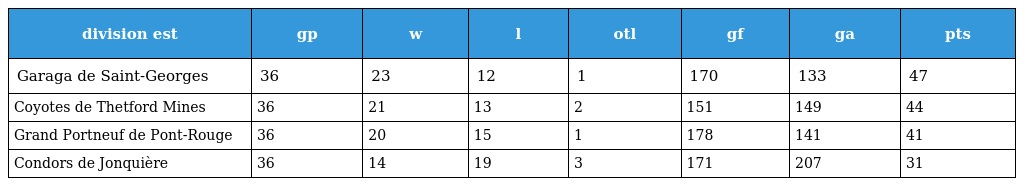
| division est | gp | w | l | otl | gf | ga | pts |
 | --- | --- | --- | --- | --- | --- | --- | --- |
 | Garaga de Saint-Georges | 36 | 23 | 12 | 1 | 170 | 133 | 47 |
 | Coyotes de Thetford Mines | 36 | 21 | 13 | 2 | 151 | 149 | 44 |
 | Grand Portneuf de Pont-Rouge | 36 | 20 | 15 | 1 | 178 | 141 | 41 |
 | Condors de Jonquière | 36 | 14 | 19 | 3 | 171 | 207 | 31 |